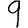
Digit: 9